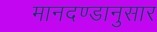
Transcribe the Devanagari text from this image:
मानदण्डानुसार